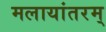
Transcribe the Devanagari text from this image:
मलायांतरम्‌